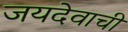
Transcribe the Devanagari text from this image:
जयदेवाची